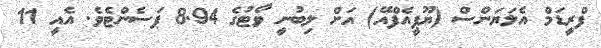
ފްރީޑަމް އެލަޔަންސް (ޔޫޕީއެފްއޭ) އަށް ލިބުނީ ވޯޓުގެ 8.94 ޕަސެންޓެވެ. އެއީ 11